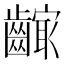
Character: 𱌣